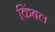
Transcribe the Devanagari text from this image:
किंबल